Some observations on the morphology and mechanism of the parts in the orthorrapha - Number 58
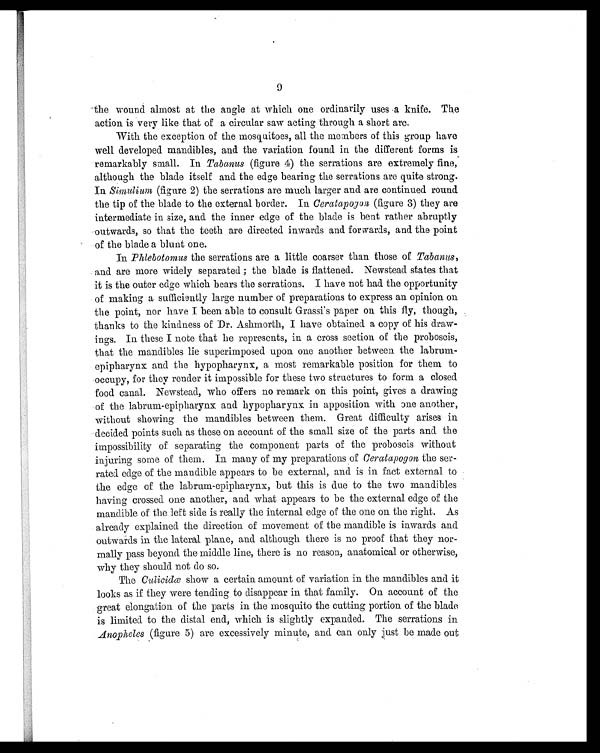
the wound almost at the angle at which one ordinarily uses a knife. The
action is very like that of a circular saw acting through a short arc.
With the exception of the mosquitoes, all the members of this group have
well developed mandibles, and the variation found in the different forms is
remarkably small. In Tabanus (figure 4) the serrations are extremely fine,
although the blade itself and the edge bearing the serrations are quite strong.
In Simulium (figure 2) the serrations are much larger and. are continued round
the tip of the blade to the external border. In Ceratapogon (figure 3) they are
intermediate in size, and. the inner edge of the blade is bent rather abruptly
outwards, so that the teeth are directed inwards and forwards, and. the point
of the blade a blunt one.
In Phlebotomus the serrations are a little coarser than those of Tabanus,
and are more widely separated ; the blade is flattened. Newstead states that
it is the outer edge which bears the serrations. I have not had. the opportunity
of making a sufficiently large number of preparations to express an opinion on
the point, nor have I been able to consult Grassi's paper on this fly, though,
thanks to the kindness of Dr. Ashmorth, I have obtained a copy of his draw-
ings. In these I note that he represents, in a cross section of the proboscis,
that the mandibles lie superimposed upon one another between the labrum-
epipharynx and the hypopharynx, a most remarkable position for them to
occupy, for they render it impossible for these two structures to form a closed
food canal. Newstead, who offers no remark on this point, gives a drawing
of the labrum-epipliarynx and hypopharynx in apposition with one another,
without showing the mandibles between them. Great difficulty arises in
decided points such as these on account of the small size of the parts and the
impossibility of separating the component parts of the proboscis without
injuring some of them. In many of my preparations of Ceratapogon the ser-
rated edge of the mandible appears to be external, and is in fact external to
the edge of the labrum-epipharynx, but this is due to the two mandibles
having crossed one another, and what appears to be the external edge of the
mandible of the left side is really the internal edge of the one on the right. As
already explained the direction of movement of the mandible is inwards and
outwards in the lateral plane, and. although there is no proof that they nor-
mally pass beyond the middle line, there is no reason, anatomical or otherwise,
why they should not do so.
The Culicidæ show a certain amount of variation in the mandibles and it
looks as if they were tending to disappear in that family. On account of the
great elongation of the parts in the mosquito the cutting portion of the blade
is limited to the distal end, which is slightly expanded. The serrations in
Anopheles (figure 5) are excessively minute, and can only just be made out